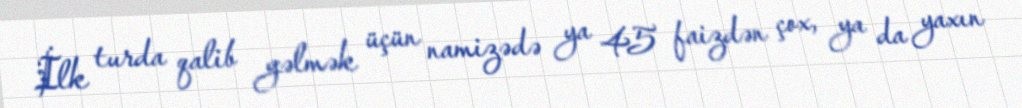
İlk turda qalib gəlmək üçün namizədə ya 45 faizdən çox, ya da yaxın